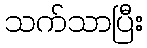
သက်သာပြီး